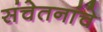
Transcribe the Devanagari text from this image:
संचेतनांचे